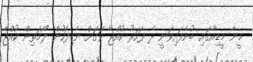
މީނާ މީޑިއާގައި ބުނެފައިވަނީ ދެ ފަހަރު ކުއްޖާ ވަގަށް ނެގިފަހުން ލޯމަތިން ކުއްޖާ